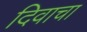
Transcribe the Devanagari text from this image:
दिवाचा